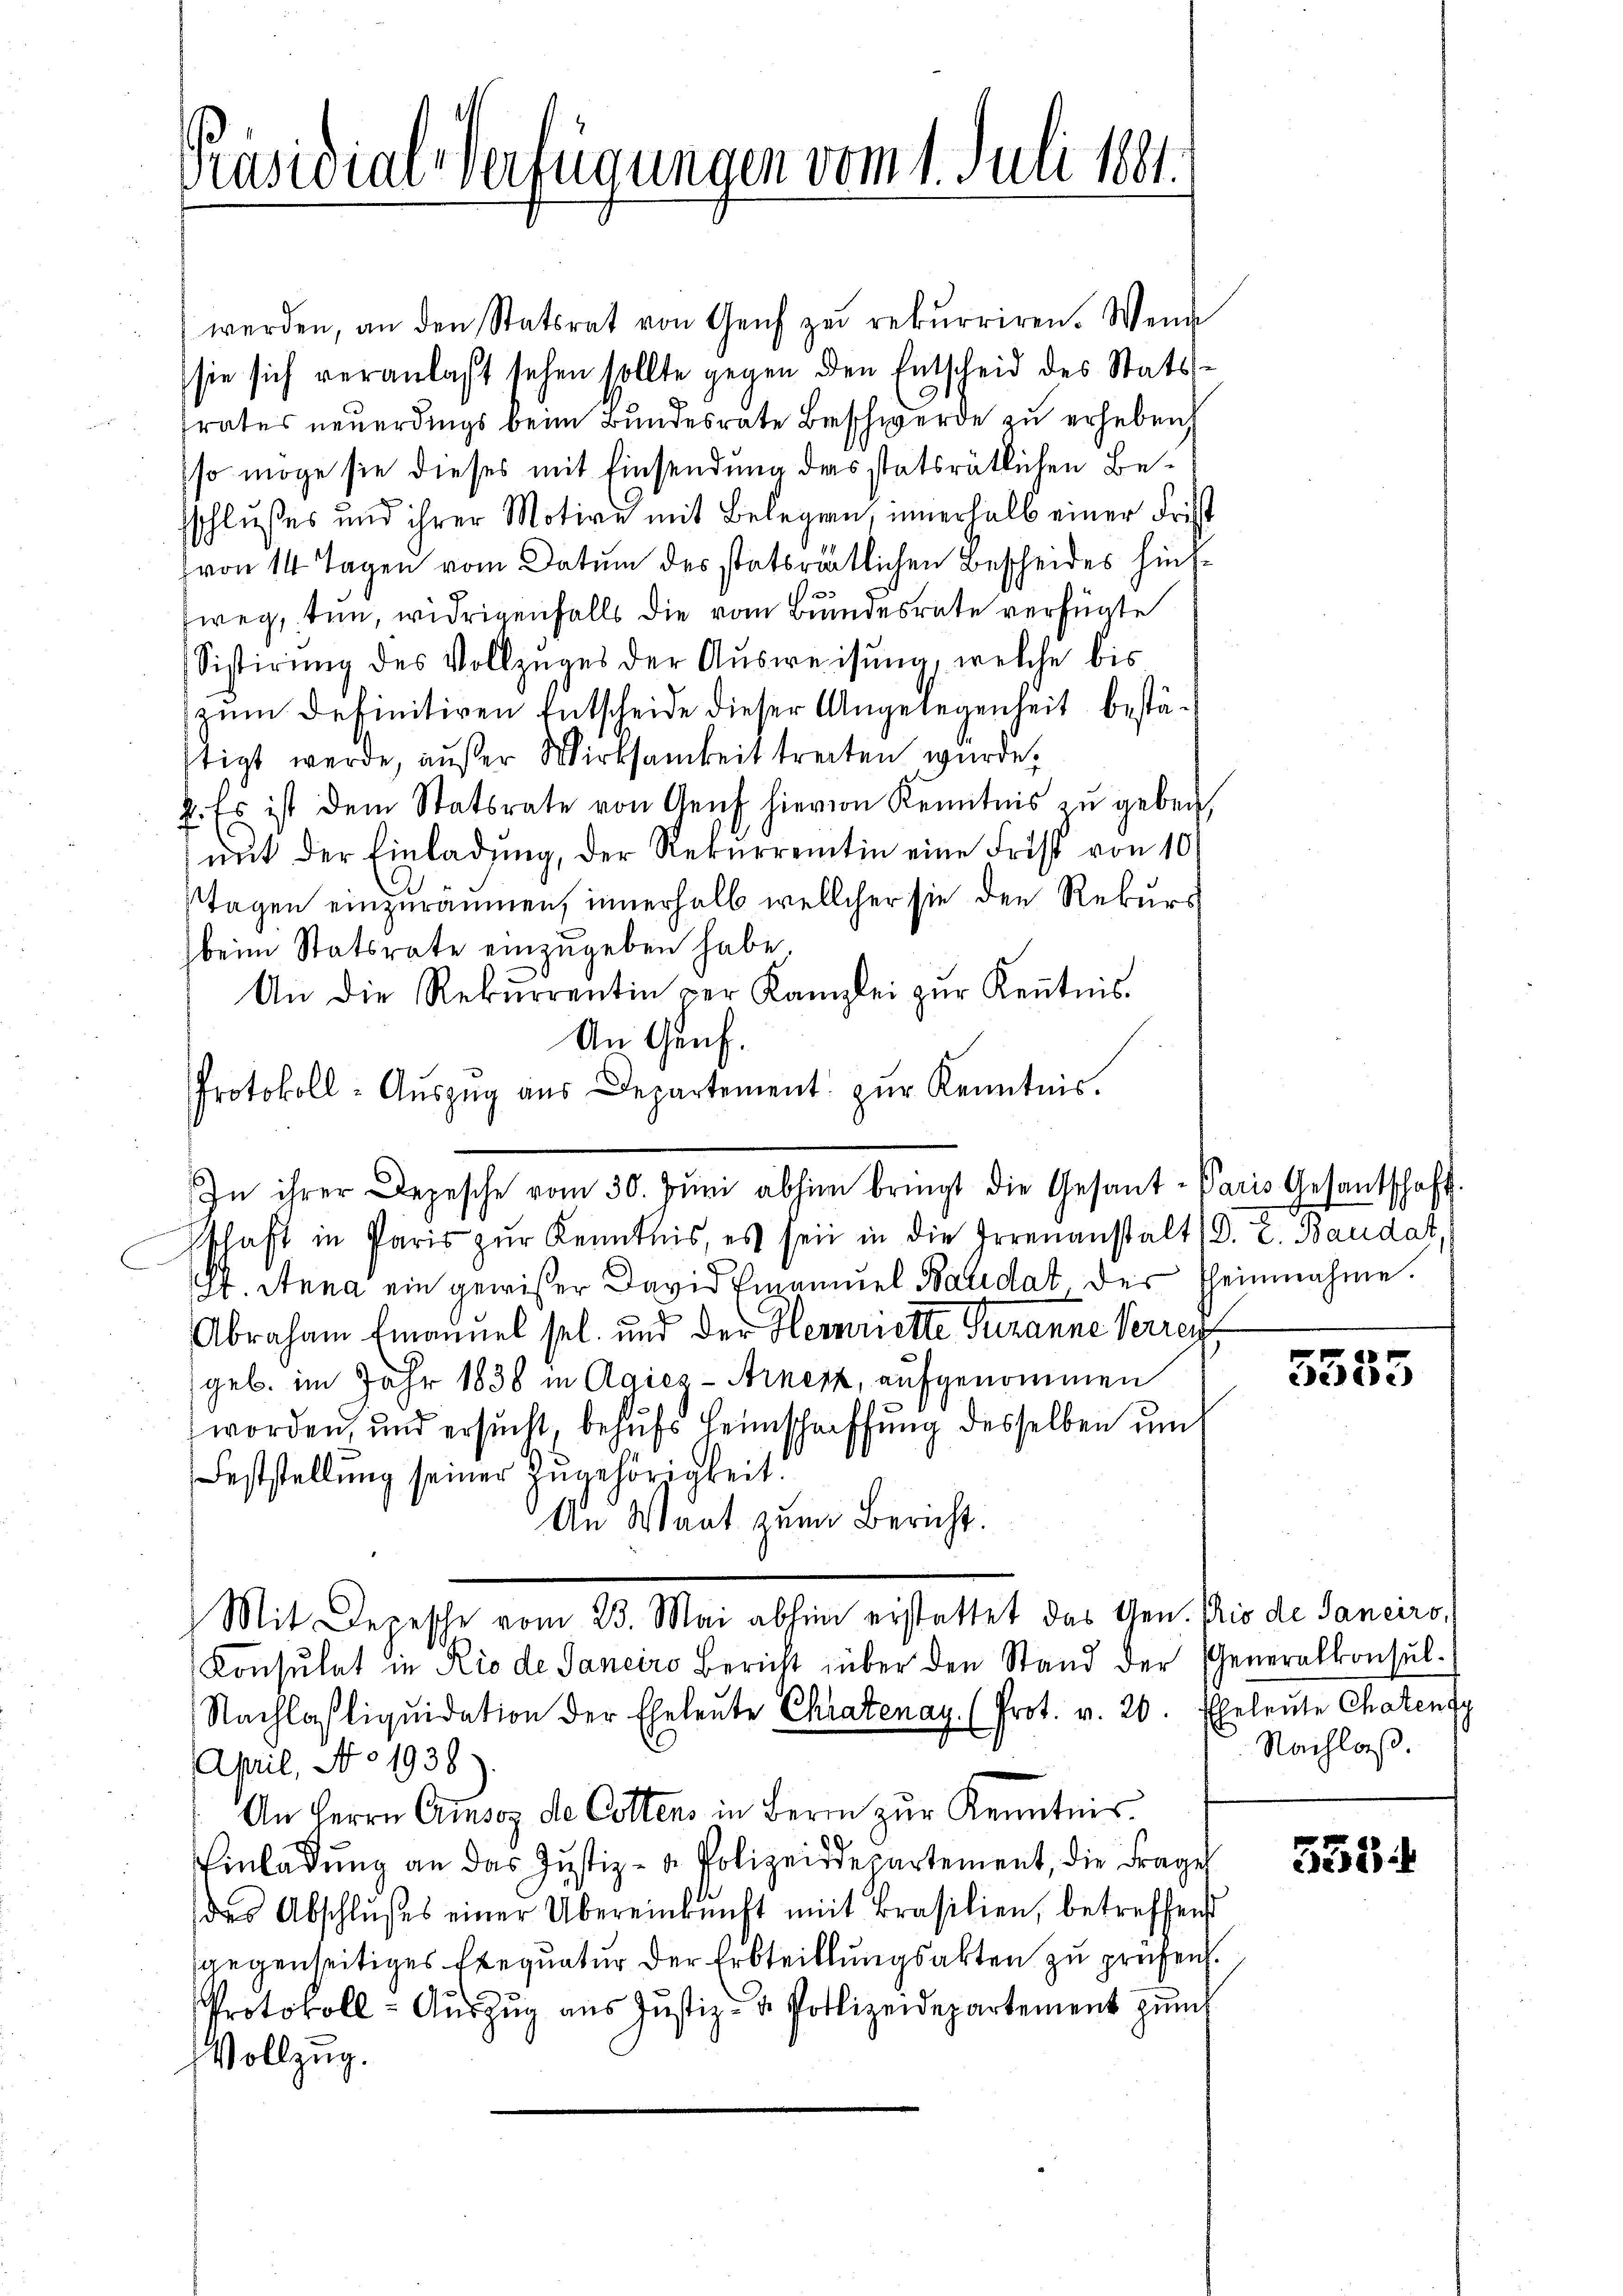
Präsidial-Verfügungen vom 1. Juli 1891.

werden, an den Statsrat von Genf zŭ rekurriren. Wenn
sie sich veranlaßt sehen sollte gegen den Entscheid des Statsfrates neuerdings beim Bundesrate Beschwerde zu erheben
so möge sie dieses mit Einsendung das statsrätlichen Besschlußes und ihrer Motive mit Belegen, innerhalb einer Frist
von 14 Tagen vom Datum des statträtlichen Bescheides hinsf
weg, tun, widrigenfalls die vom Bundesrate verfügte
Sistirung des Vollzuges der Ausweisung, welche bis
zum Definitiven Entscheide dieser Angelegenheit bestästigt werde, außer Wirksamkeit treiten wurde,
k. Es ist dem Statsrate von Genf hievon Kenntnis zŭ geben,
mit der Einladung, der Rekurrentin eine Frist von 10
Tagen einzuräumen, innerhalb wellcher sie den Rekurs
beim Statsrate einzugeben habe.
An die Rekŭrrentin der Kanzlei zŭr Kenntnis
An Genf.
Protokoll-Aŭszŭg aŭs Departement zŭr Kenntnis.
schaft in Paris zŭr Kenntnis, es sein in die Irrenanstalt (D. 2. Baudat,
I. Anna ein gewißer David Emanuel Balidat. Der Theinnahme.
e
Abraham Emanuel sel. und der Herriette Susanne Verren
geb. im Jahr 1838 in Agiez - Arnetz, aufgenommen
worden, und ersucht, behufs Heimschaffung desselben um
Feststellung seiner Zugehörigkeit!
An Waat zum Bericht.
Mit Depesche vom 23. Mai abhin erstattet das Gen. Pris de Sancirs,
Konsulat in Rio de Janeiro Bericht über den Stand der Generalkonsul¬
Nachlasliquidation der Eheleute Chratenay. (Prot. v. 20. Eheleute Chatenty
April, No 1938.
An Herrn Cinsoz de Cottens in Bern zur Kenntnis
9
Einladung an das Justiz- u. Polizeisdepartement, die Frage
des Abschlußes einer Übereinkunft mit Brasilien, betreffend
sgegenseitiges Exequatur der Erbteillungsakten zu prüfen.
Protokoll - Auszug aus Justiz- & Polizeidepartement zum
Vollzug.

In ihrer Depesche vom 30. Jŭni abhin bringt die Gesant-Paris Gesantschaft.

e
3333

Nachlaß.

5354